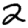
Digit: 2